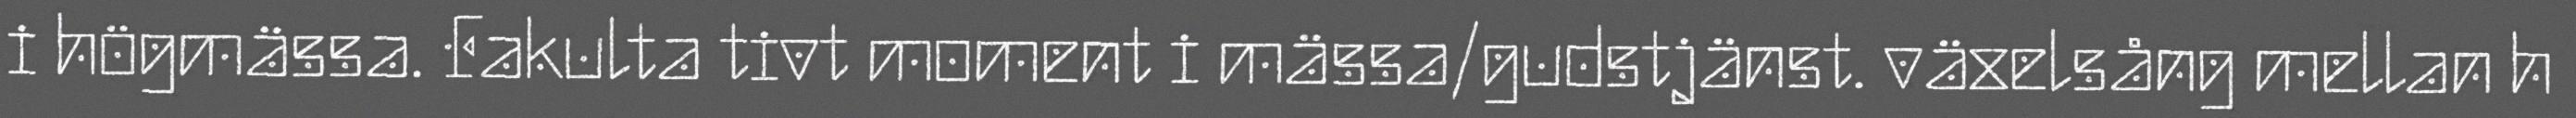
i högmässa. Fakulta tivt moment i mässa/gudstjänst. växelsång mellan h